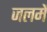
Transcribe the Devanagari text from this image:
जलमें